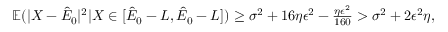
\begin{array} { r } { \mathbb { E } ( | X - \hat { E } _ { 0 } | ^ { 2 } | X \in [ \hat { E } _ { 0 } - L , \hat { E } _ { 0 } - L ] ) \geq \sigma ^ { 2 } + 1 6 \eta \epsilon ^ { 2 } - \frac { \eta \epsilon ^ { 2 } } { 1 6 0 } > \sigma ^ { 2 } + 2 \epsilon ^ { 2 } \eta , } \end{array}